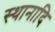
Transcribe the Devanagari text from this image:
स्थानादि